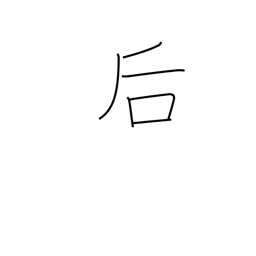
Meaning: back